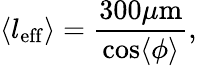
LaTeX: \langle l_{\mathrm{eff}}\rangle=\frac{300\mu\textrm{m}}{\cos\langle\phi\rangle},